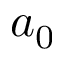
a _ { 0 }